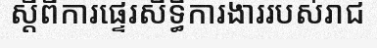
ស្តីពីការផ្ទេរសិទ្ធិការងាររបស់រាជ